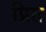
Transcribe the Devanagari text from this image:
प्रित